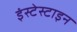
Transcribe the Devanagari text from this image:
इंस्टेस्टाइन